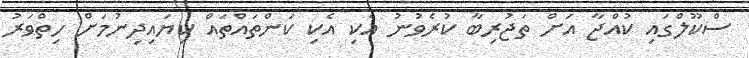
ސްކޫލްގައި ކުއްޖާ އަށް ތަޖުރިބާ ކުރެވުނު އެކި އެކި ކަންތައްތައް ކިޔައިދިނުމަށް ހިތްވަރު